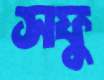
সফু